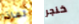
لماذا خنجر